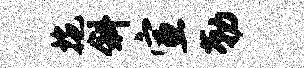
拖斜宣勒